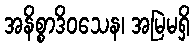
အနိစ္စာဒိဝသေန၊ အမြဲမရှိ